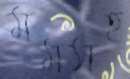
মমসহ